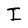
Character: I